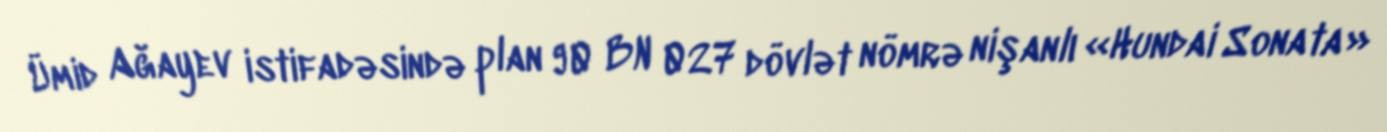
Ümid Ağayev istifadəsində plan 90 BN 027 dövlət nömrə nişanlı «Hundai Sonata»